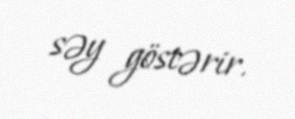
səy göstərir.